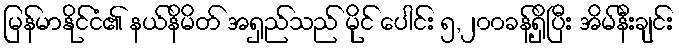
မြန်မာနိုင်ငံ၏ နယ်နိမိတ် အရှည်သည် မိုင် ပေါင်း ၅,၂၀၀ခန့်ရှိပြီး အိမ်နီးချင်း